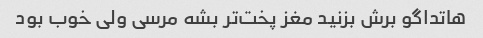
هاتداگو برش بزنید مغز پخت‌تر بشه مرسی ولی خوب بود